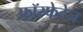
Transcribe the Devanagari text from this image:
फॉस्फेटेज